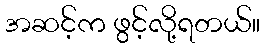
အဆင့်က ဖွင့်လို့ရတယ်။